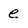
Character: e